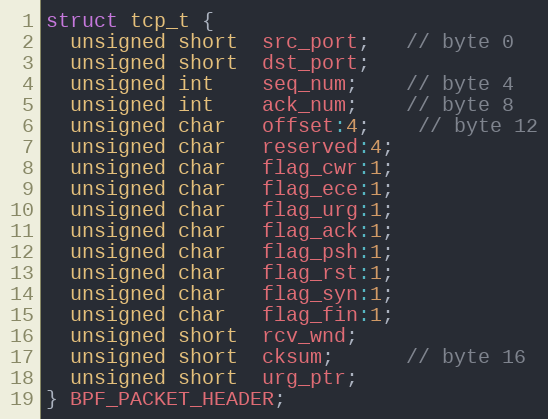
Language: C
struct tcp_t {
  unsigned short  src_port;   // byte 0
  unsigned short  dst_port;
  unsigned int    seq_num;    // byte 4
  unsigned int    ack_num;    // byte 8
  unsigned char   offset:4;    // byte 12
  unsigned char   reserved:4;
  unsigned char   flag_cwr:1;
  unsigned char   flag_ece:1;
  unsigned char   flag_urg:1;
  unsigned char   flag_ack:1;
  unsigned char   flag_psh:1;
  unsigned char   flag_rst:1;
  unsigned char   flag_syn:1;
  unsigned char   flag_fin:1;
  unsigned short  rcv_wnd;
  unsigned short  cksum;      // byte 16
  unsigned short  urg_ptr;
} BPF_PACKET_HEADER;